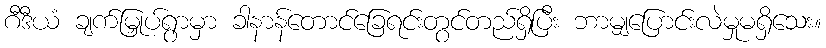
ဂီဒီယံ ချက်မြှုပ်ရွာမှာ ခါနာန်တောင်ခြေရင်းတွင်တည်ရှိပြီး ဘာမျှပြောင်းလဲမှုမရှိသေး။